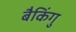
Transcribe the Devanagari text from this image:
बैकिंगु